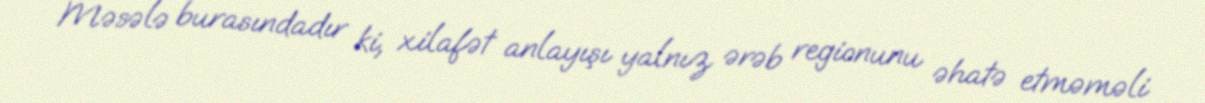
Məsələ burasındadır ki, xilafət anlayışı yalnız ərəb regionunu əhatə etməməli